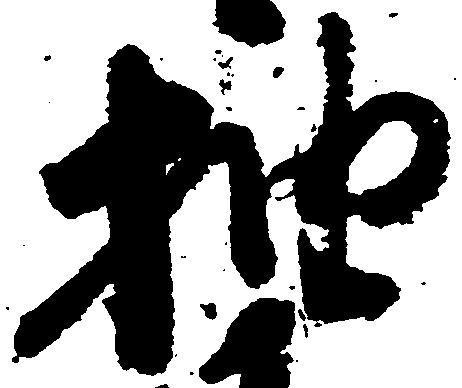
抽